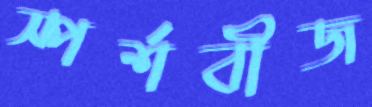
স্পর্শবীজ